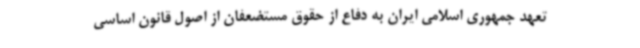
تعهد جمهوری اسلامی ایران به دفاع از حقوق مستضعفان از اصول قانون اساسی